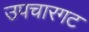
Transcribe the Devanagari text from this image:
उपचारगट